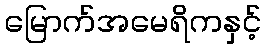
မြောက်အမေရိကနှင့်